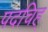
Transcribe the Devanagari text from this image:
पदचिह्